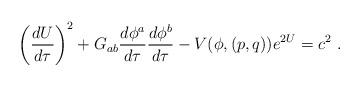
LaTeX: \begin{align*}\left ({d U \over d\tau}\right )^2 + G_{ab} {d\phi^a \over d\tau }{d\phi^b\over d\tau } -V(\phi, (p,q)) e^{2U} = c^2\ .\end{align*}